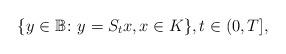
LaTeX: \begin{align*}\{y \in \mathbb{B} \colon y = S_t x, x \in K\},t \in (0, T],\end{align*}